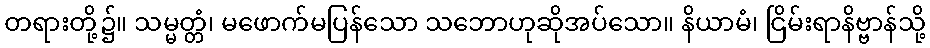
တရားတို့၌။ သမ္မတ္တံ၊ မဖောက်မပြန်သော သဘောဟုဆိုအပ်သော။ နိယာမံ၊ ငြိမ်းရာနိဗ္ဗာန်သို့